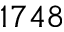
1 7 4 8